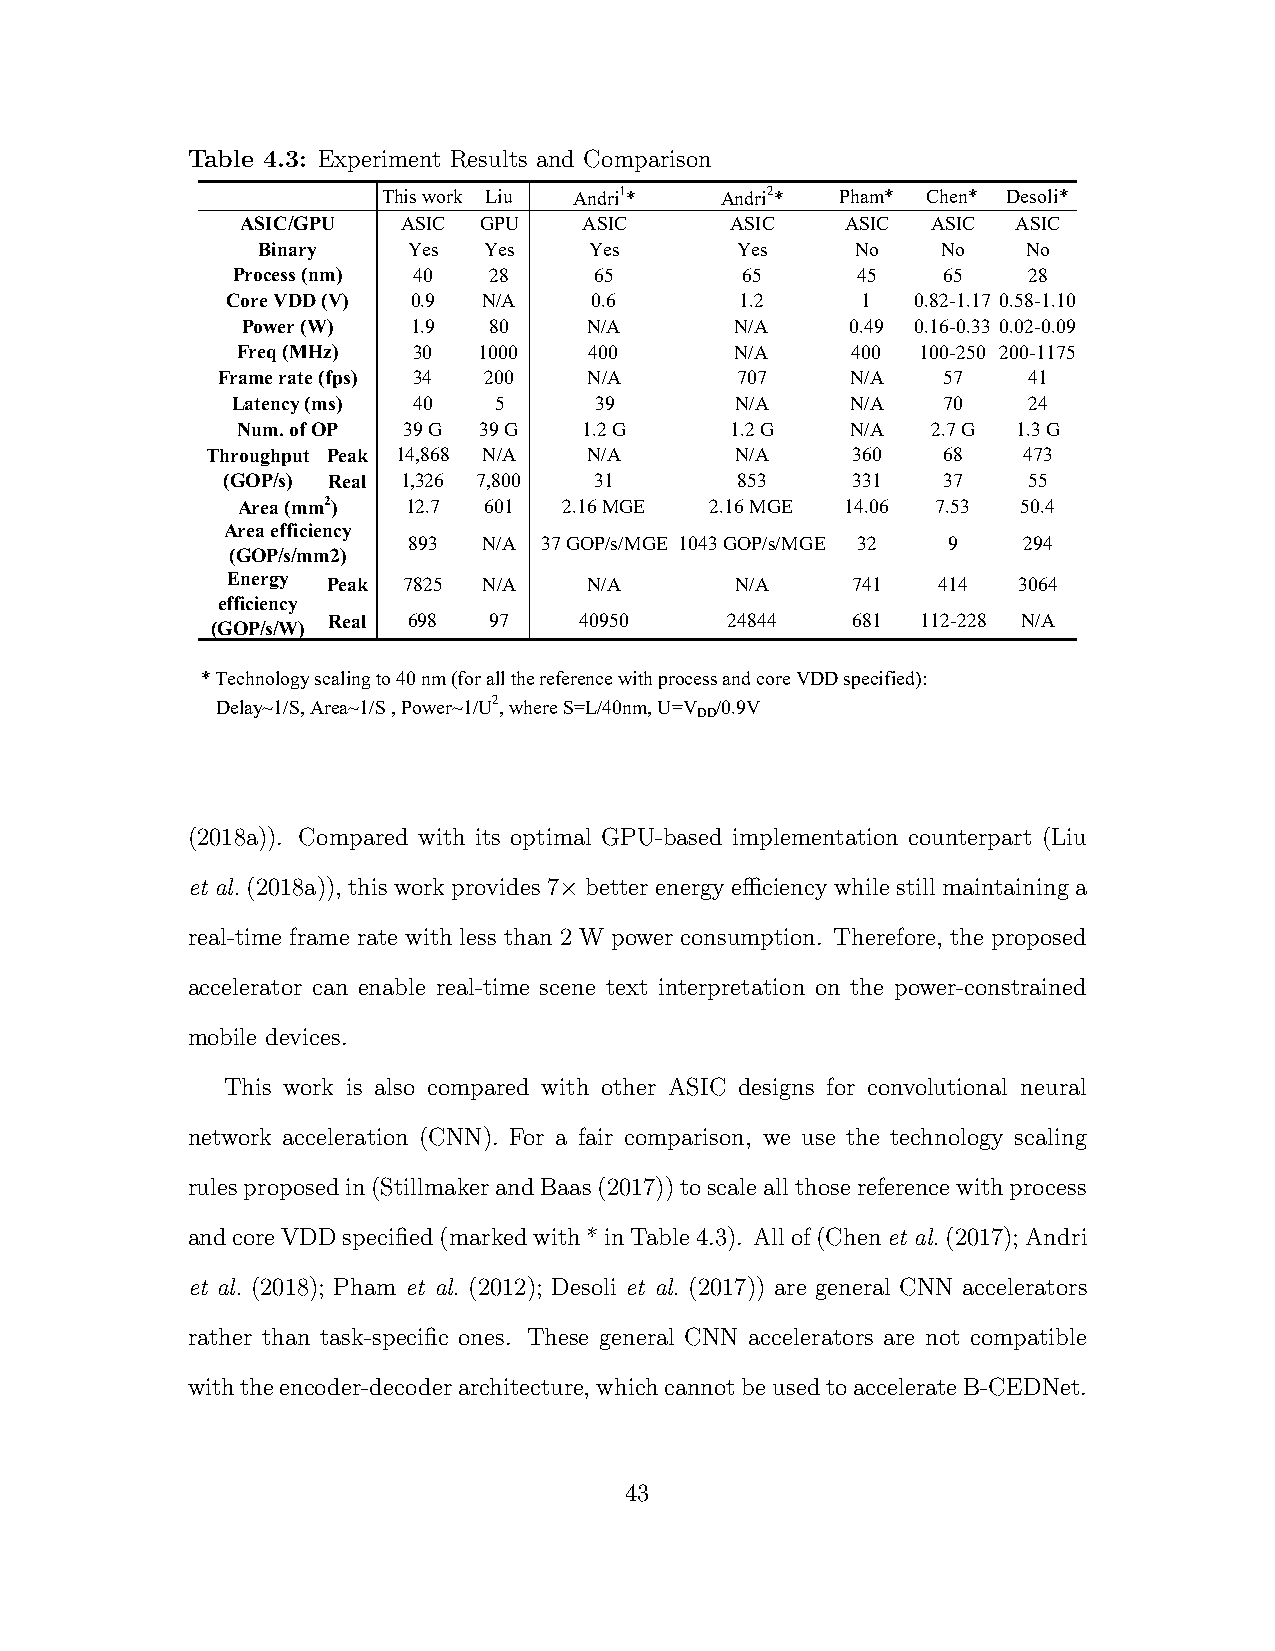
Table 4.3: Experiment Results and Comparison
 This work Liu Andri1*  Andri2* Pham* Chen* Desoli*
 ASIC/GPU   ASIC GPU    ASIC     ASIC    ASIC  ASIC ASIC
 Binary    Yes  Yes    Yes       Yes     No   No    No
 Process (nm) 40  28     65        65      45   65    28
 Core VDD (V) 0.9 N/A    0.6       1.2     1   0.82-1.17 0.58-1.10
 Power (W)  1.9  80     N/A       N/A    0.49 0.16-0.33 0.02-0.09
 Freq (MHz) 30   1000   400       N/A    400  100-250 200-1175
 Frame rate (fps) 34 200  N/A       707    N/A   57    41
 Latency (ms) 40   5     39        N/A    N/A   70    24
 Num. of OP 39 G 39 G   1.2 G    1.2 G   N/A   2.7 G 1.3 G
 Throughput Peak 14,868 N/A N/A     N/A    360   68    473
 (GOP/s) Real 1,326 7,800 31       853    331   37    55
 Area (mm2) 12.7 601  2.16 MGE  2.16 MGE 14.06 7.53  50.4
 Area efficiency
 893  N/A 37 GOP/s/MGE 1043 GOP/s/MGE 32 9 294
 (GOP/s/mm2)
 Energy Peak 7825 N/A    N/A       N/A    741   414  3064
 efficiency
 Real 698  97    40950     24844   681  112-228 N/A
 (GOP/s/W)
 * Technology scaling to 40 nm (for all the reference with process and core VDD specified):
 Delay~1/S, Area~1/S , Power~1/U2, where S=L/40nm, U=V /0.9V
 DD
 (2018a)). Compared with its optimal GPU-based implementation counterpart (Liu
 et al. (2018a)), this work provides 7× better energy efficiency while still maintaining a
 real-time frame rate with less than 2 W power consumption. Therefore, the proposed
 accelerator can enable real-time scene text interpretation on the power-constrained
 mobile devices.
 This work is also compared with other ASIC designs for convolutional neural
 network acceleration (CNN). For a fair comparison, we use the technology scaling
 rulesproposedin(StillmakerandBaas(2017))toscaleallthosereferencewithprocess
 andcoreVDDspecified(markedwith*inTable4.3). Allof(Chenet al.(2017);Andri
 et al. (2018); Pham et al. (2012); Desoli et al. (2017)) are general CNN accelerators
 rather than task-specific ones. These general CNN accelerators are not compatible
 withtheencoder-decoderarchitecture,whichcannotbeusedtoaccelerateB-CEDNet.
 43